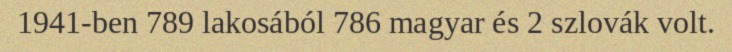
1941-ben 789 lakosából 786 magyar és 2 szlovák volt.